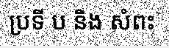
ប្រទី ប និង សំពះ